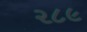
૨૮૯